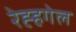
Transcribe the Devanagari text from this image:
रेह्हगेल